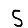
Digit: 5